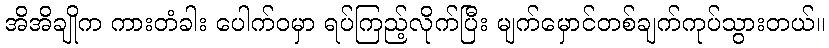
အိအိချိုက ကားတံခါး ပေါက်ဝမှာ ရပ်ကြည့်လိုက်ပြီး မျက်မှောင်တစ်ချက်ကုပ်သွားတယ်။